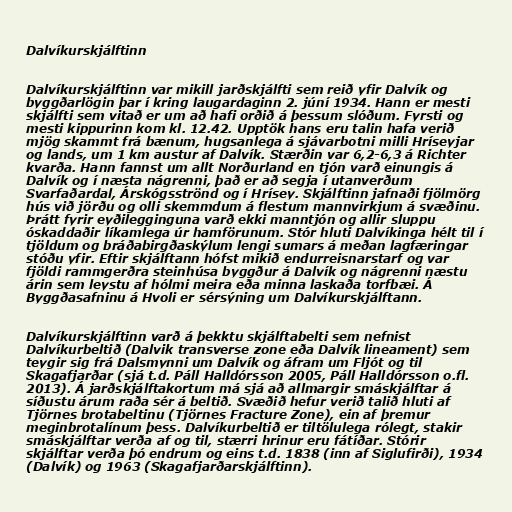
Dalvíkurskjálftinn

Dalvíkurskjálftinn var mikill jarðskjálfti sem reið yfir Dalvík og
byggðarlögin þar í kring laugardaginn 2. júní 1934. Hann er mesti
skjálfti sem vitað er um að hafi orðið á þessum slóðum. Fyrsti og
mesti kippurinn kom kl. 12.42. Upptök hans eru talin hafa verið
mjög skammt frá bænum, hugsanlega á sjávarbotni milli Hríseyjar
og lands, um 1 km austur af Dalvík. Stærðin var 6,2-6,3 á Richter
kvarða. Hann fannst um allt Norðurland en tjón varð einungis á
Dalvík og í næsta nágrenni, það er að segja í utanverðum
Svarfaðardal, Árskógsströnd og í Hrísey. Skjálftinn jafnaði fjölmörg
hús við jörðu og olli skemmdum á flestum mannvirkjum á svæðinu.
Þrátt fyrir eyðilegginguna varð ekki manntjón og allir sluppu
óskaddaðir líkamlega úr hamförunum. Stór hluti Dalvíkinga hélt til í
tjöldum og bráðabirgðaskýlum lengi sumars á meðan lagfæringar
stóðu yfir. Eftir skjálftann hófst mikið endurreisnarstarf og var
fjöldi rammgerðra steinhúsa byggður á Dalvík og nágrenni næstu
árin sem leystu af hólmi meira eða minna laskaða torfbæi. Á
Byggðasafninu á Hvoli er sérsýning um Dalvíkurskjálftann.

Dalvíkurskjálftinn varð á þekktu skjálftabelti sem nefnist
Dalvíkurbeltið (Dalvik transverse zone eða Dalvík lineament) sem
teygir sig frá Dalsmynni um Dalvík og áfram um Fljót og til
Skagafjarðar (sjá t.d. Páll Halldórsson 2005, Páll Halldórsson o.fl.
2013). Á jarðskjálftakortum má sjá að allmargir smáskjálftar á
síðustu árum raða sér á beltið. Svæðið hefur verið talið hluti af
Tjörnes brotabeltinu (Tjörnes Fracture Zone), ein af þremur
meginbrotalínum þess. Dalvíkurbeltið er tiltölulega rólegt, stakir
smáskjálftar verða af og til, stærri hrinur eru fátíðar. Stórir
skjálftar verða þó endrum og eins t.d. 1838 (inn af Siglufirði), 1934
(Dalvík) og 1963 (Skagafjarðarskjálftinn).